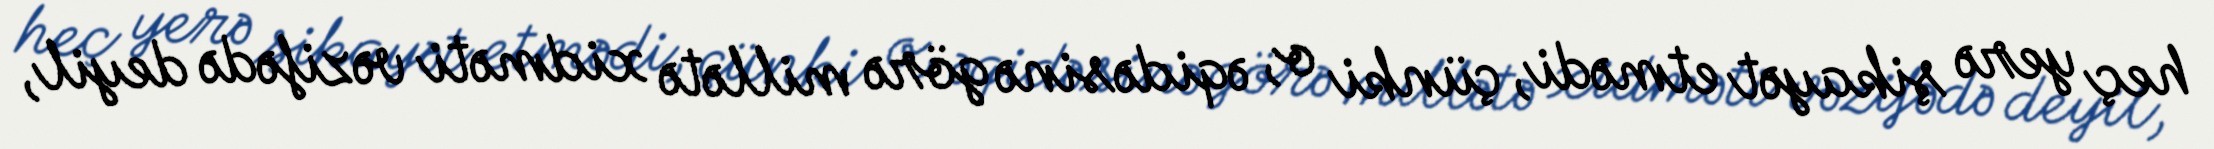
heç yerə şikayət etmədi, çünki o, əqidəsinə görə millətə xidməti vəzifədə deyil,